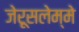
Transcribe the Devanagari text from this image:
जेरूसलेम्मे